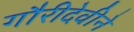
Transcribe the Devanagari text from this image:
गौरीदेवीने